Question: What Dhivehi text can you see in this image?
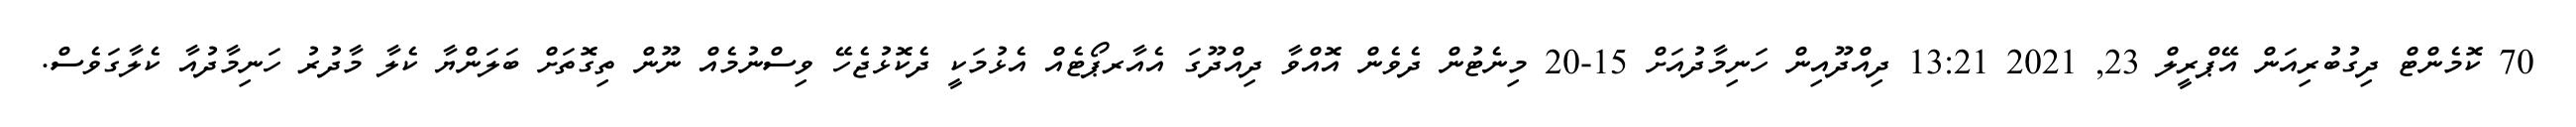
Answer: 70 ކޮމެންޓް ދިގުބުރިއަން އޭޕްރީލް 23, 2021 13:21 ދިއްދޫއިން ހަނިމާދުއަށް 15-20 މިނެޓުން ދެވެން އޮއްވާ ދިއްދޫގަ އެއާރޕޯޓެއް އެޅުމަކީ ދެކޮޅުޖެހޭ ވިސްނުމެއް ނޫން ތިގޮތަށް ބަލަންޔާ ކެލާ މާދުރު ހަނިމާދުއާ ކެލާގަވެސް.